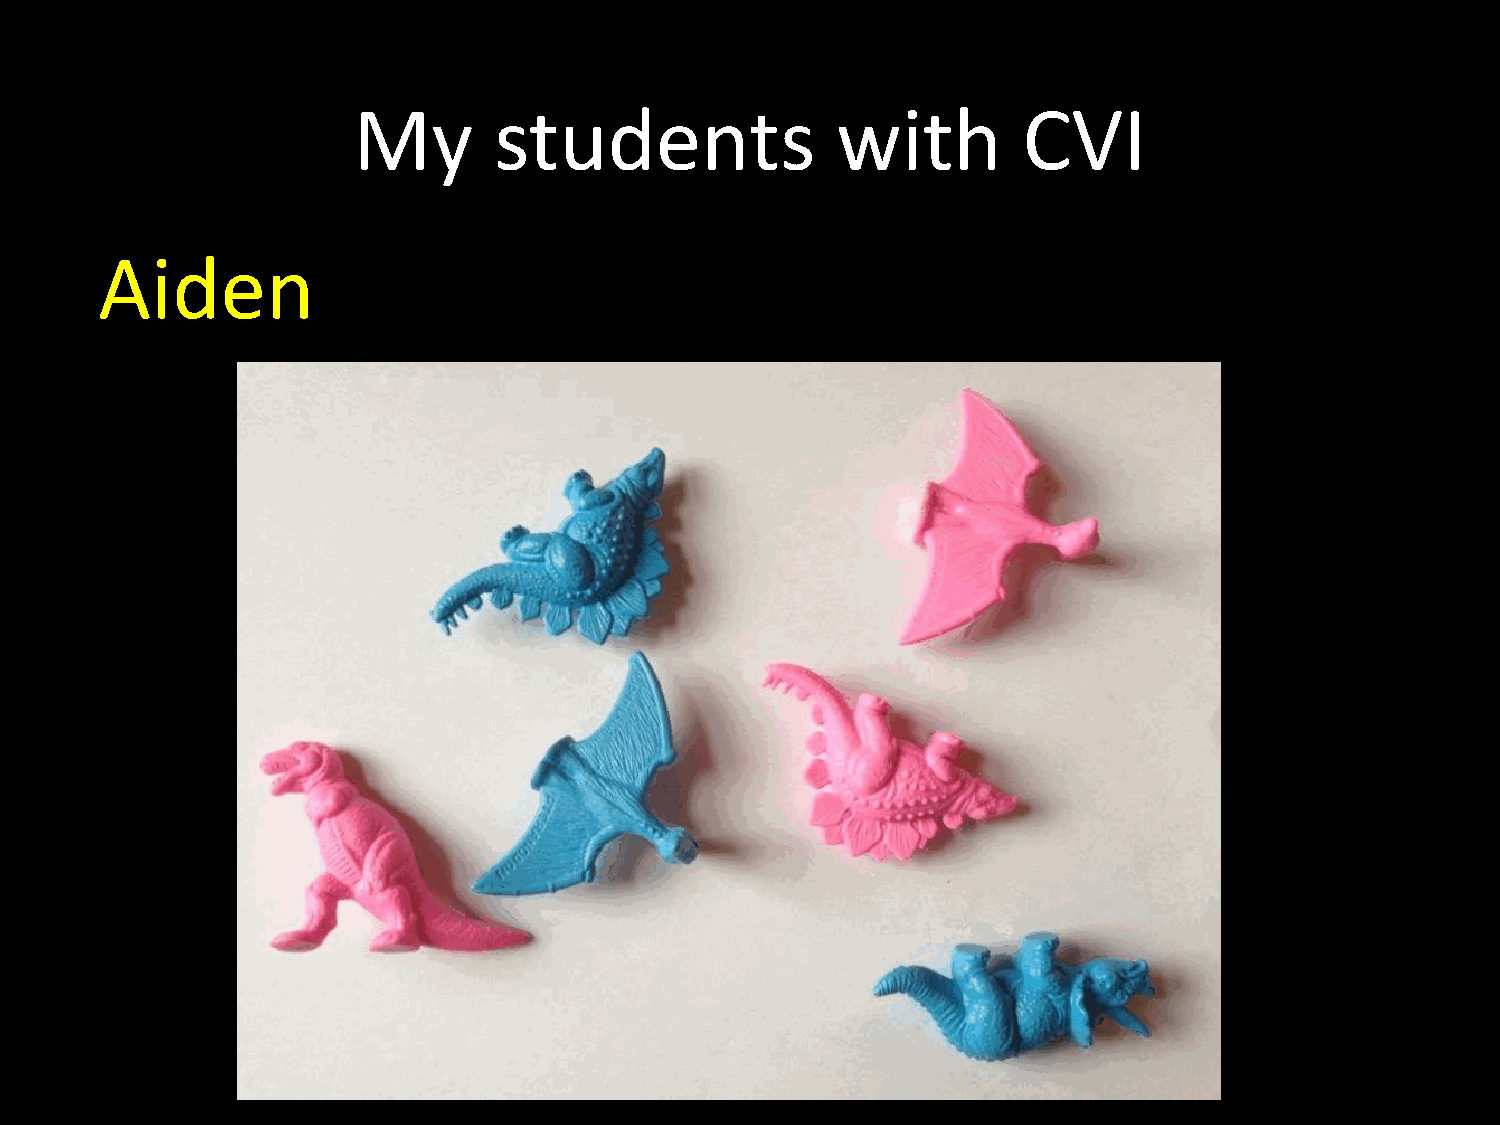
My        students              with         CVI
 Aiden